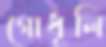
গোধূলি